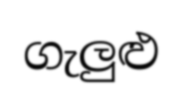
ගැලුළු